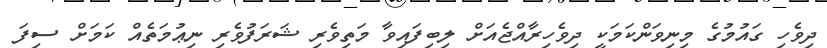
ދިވެހި ގައުމުގެ މިނިވަންކަމަކީ ދިވެހިރާއްޖެއަށް ލިބިފައިވާ މަތިވެރި ޝަރަފުވެރި ނިޢުމަތެއް ކަމަށް ސިފަ